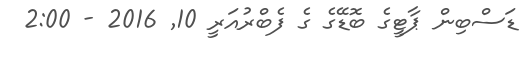
ޑަސްބިން ޕާޓީގެ ބޮޑޭގެ ގެ ފެބްރުއަރީ 10